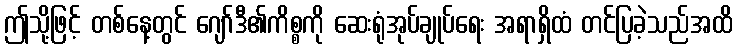
ဤသို့ဖြင့် တစ်နေ့တွင် ဂျော်ဒီ၏ကိစ္စကို ဆေးရုံအုပ်ချုပ်ရေး အရာရှိထံ တင်ပြခဲ့သည်အထိ